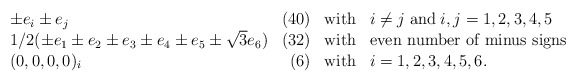
\begin{align*}\begin{array}{lrcl} \pm e_{i} \pm e_{j} & (40) & \mbox{with} & i\neq j \; \mbox{and} \;i,j=1,2,3,4,5 \\1/2(\pm e_{1} \pm e_{2} \pm e_{3} \pm e_{4} \pm e_{5} \pm \sqrt{3} e_{6}) & (32) & \mbox{with} & \mbox{even number of minus signs}\\(0,0,0,0)_{i} & (6) & \mbox{with} & i=1,2,3,4,5,6.\end{array}\end{align*}